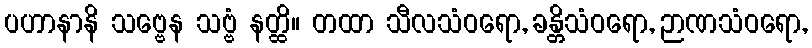
ပဟာနာနိ သဗ္ဗေန သဗ္ဗံ နတ္ထိ။ တထာ သီလသံဝရော, ခန္တိသံဝရော, ဉာဏသံဝရော,